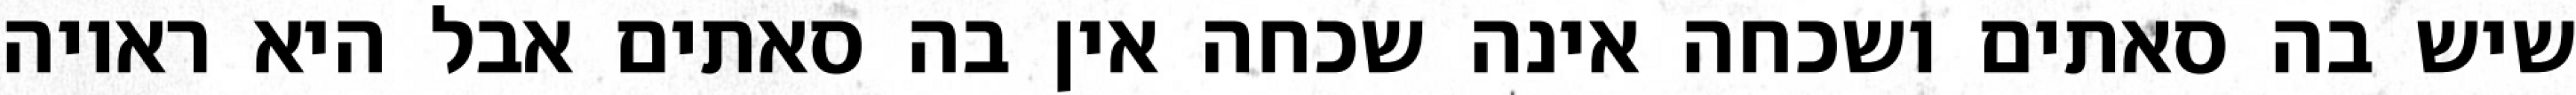
שיש בה סאתים ושכחה אינה שכחה אין בה סאתים אבל היא ראויה